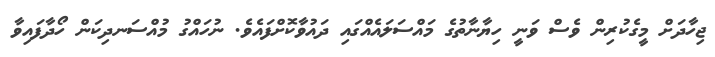
ޖިހާދަށް މީގެކުރިން ވެސް ވަނީ ހިޔާނާތުގެ މައްސަލައެއްގައި ދައުވާކޮށްފައެވެ. ނުހައްގު މުއްސަނދިކަން ހޯދާފައިވާ